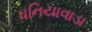
ધનિયાવાડા